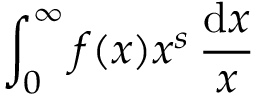
\int _ { 0 } ^ { \infty } f ( x ) x ^ { s } \, { \frac { \mathrm { d } x } { x } }